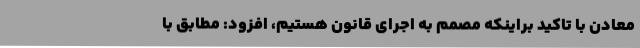
معادن با تاکید براینکه مصمم به اجرای قانون هستیم، افزود: مطابق با